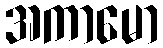
အကာမော